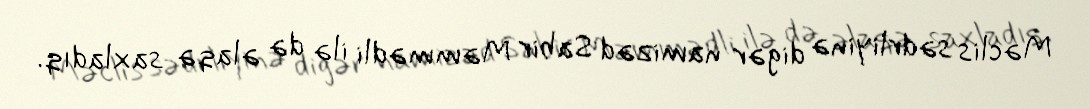
Məclis sədrliyinə digər namizəd Sabir Məmmədli ilə də əlaqə saxladıq.